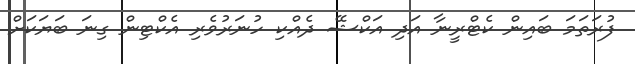
ފުރަތަމަ ބައިން ކެޓްރީނާ އަދި އަކްޝޭ ދެއްކި ހުނަރުވެރި އެކްޓިން ގިނަ ބަޔަކަށް